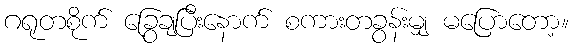
ဂရုတစိုက် ခြွေချပြီးနောက် စကားတခွန်းမျှ မပြောတော့။